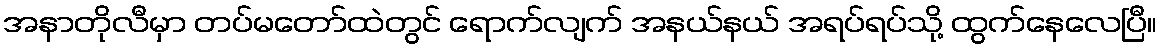
အနာတိုလီမှာ တပ်မတော်ထဲတွင် ရောက်လျက် အနယ်နယ် အရပ်ရပ်သို့ ထွက်နေလေပြီ။